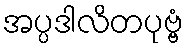
အပ္ပဒါလိတပုဗ္ဗံ